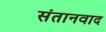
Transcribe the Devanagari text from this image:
संतानवाद